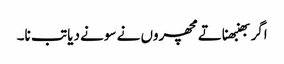
اگر بھنبھناتے مچھروں نے سونے دیا تب نا۔